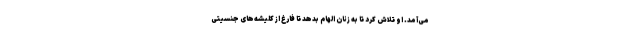
می‌آمد. او تلاش کرد تا به زنان الهام بدهد تا فارغ از کلیشه‌های جنسیتی